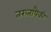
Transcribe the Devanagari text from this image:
तख्तांपैकी